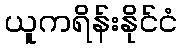
ယူကရိန်းနိုင်ငံ